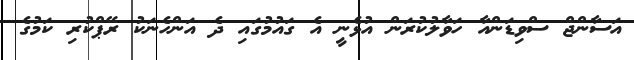
އަސާންޖް ސްވިޑަންއާ ހަވާލުކުރަން އުޅެނީ އެ ގައުމުގައި ދެ އަންހެނަކު ރޭޕްކުރި ކަމުގެ